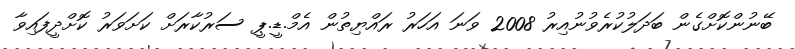
ބޭނުންކޮށްގެން ބަދަލުކުރެވުނުއިރު 2008 ވަނަ އަހަރު ރައްޔިތުން އެމް.ޑީ.ޕީ ސަރުކާރަށް ކަށަވަރު ކޮށްދީފައިވާ